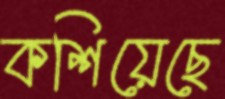
কশিয়েছে